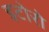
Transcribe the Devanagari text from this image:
इटोरो